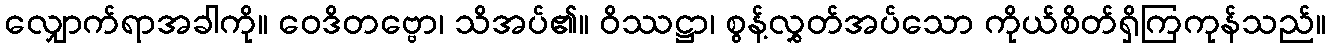
လျှောက်ရာအခါကို။ ဝေဒိတဗ္ဗော၊ သိအပ်၏။ ဝိဿဋ္ဌာ၊ စွန့်လွှတ်အပ်သော ကိုယ်စိတ်ရှိကြကုန်သည်။